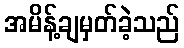
အမိန့်ချမှတ်ခဲ့သည်